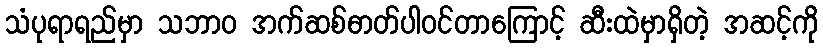
သံပုရာရည်မှာ သဘာ၀ အက်ဆစ်ဓာတ်ပါဝင်တာကြောင့် ဆီးထဲမှာရှိတဲ့ အဆင့်ကို